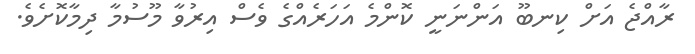
ރާއްޖެ އަށް ކިނބޫ އަންނަނީ ކޮންމެ އަހަރެއްގެ ވެސް އިރުވާ މޫސުމާ ދިމާކޮށެވެ.